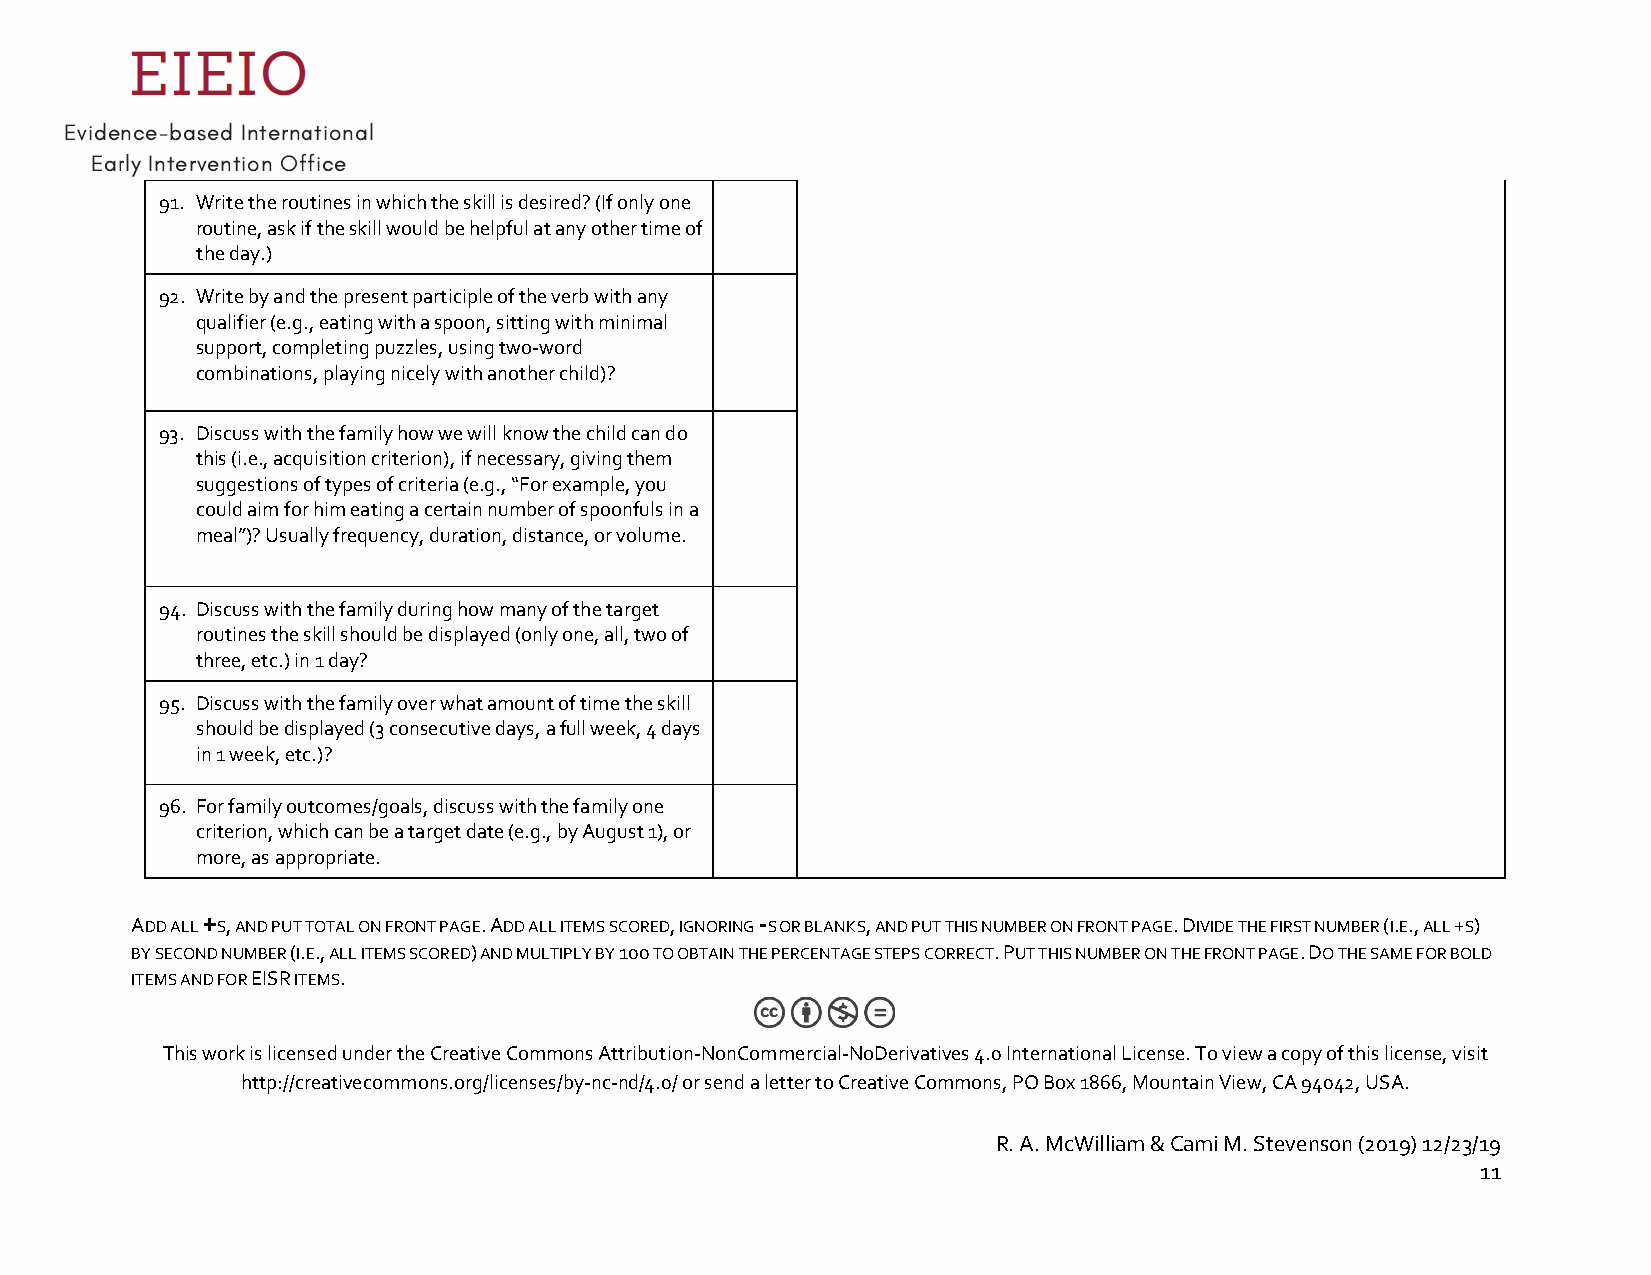
91. Write the routines in which the skill is desired? (If only one
 routine, ask if the skill would be helpful at any other time of
 the day.)
 92. Write by and the present participle of the verb with any
 qualifier (e.g., eating with a spoon, sitting with minimal
 support, completing puzzles, using two-word
 combinations, playing nicely with another child)?
 93. Discuss with the family how we will know the child can do
 this (i.e., acquisition criterion), if necessary, giving them
 suggestions of types of criteria (e.g., “For example, you
 could aim for him eating a certain number of spoonfuls in a
 meal”)? Usually frequency, duration, distance, or volume.
 94. Discuss with the family during how many of the target
 routines the skill should be displayed (only one, all, two of
 three, etc.) in 1 day?
 95. Discuss with the family over what amount of time the skill
 should be displayed (3 consecutive days, a full week, 4 days
 in 1 week, etc.)?
 96. For family outcomes/goals, discuss with the family one
 criterion, which can be a target date (e.g., by August 1), or
 more, as appropriate.
 +                                    -
 ADD ALL S, AND PUT TOTAL ON FRONT PAGE. ADD ALL ITEMS SCORED, IGNORING S OR BLANKS, AND PUT THIS NUMBER ON FRONT PAGE. DIVIDE THE FIRST NUMBER (I.E., ALL +S)
 BY SECOND NUMBER (I.E., ALL ITEMS SCORED) AND MULTIPLY BY 100 TO OBTAIN THE PERCENTAGE STEPS CORRECT. PUT THIS NUMBER ON THE FRONT PAGE. DO THE SAME FOR BOLD
 ITEMS AND FOR EISR ITEMS.
 This work is licensed under the Creative Commons Attribution-NonCommercial-NoDerivatives 4.0 International License. To view a copy of this license, visit
 http://creativecommons.org/licenses/by-nc-nd/4.0/ or send a letter to Creative Commons, PO Box 1866, Mountain View, CA 94042, USA.
 R. A. McWilliam & Cami M. Stevenson (2019) 12/23/19
 11